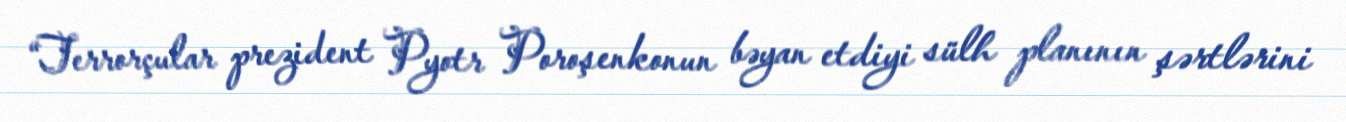
“Terrorçular prezident Pyotr Poroşenkonun bəyan etdiyi sülh planının şərtlərini